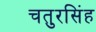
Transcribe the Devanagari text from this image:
चतुरसिंह